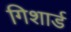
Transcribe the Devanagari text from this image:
गिशार्ड